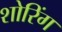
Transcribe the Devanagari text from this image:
शोरिंग